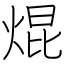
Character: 焜